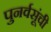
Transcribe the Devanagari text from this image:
पुनर्वसूंची